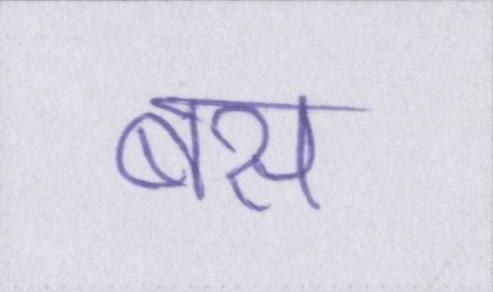
बस